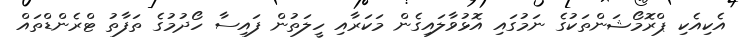
އެކިއެކި ޕްރޮމޯޝަންތަކުގެ ނަމުގައި އޮޅުވާލައިގެން މަކަރާއި ހީލަތުން ފައިސާ ހޯދުމުގެ ތަފާތު ޓްރެންޑްތައް